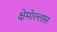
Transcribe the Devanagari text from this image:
क्षेमोल्लास